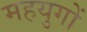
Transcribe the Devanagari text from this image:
महयुगों